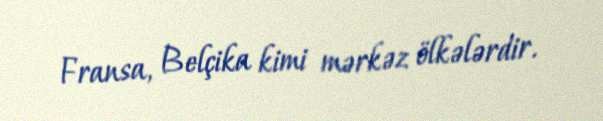
Fransa, Belçika kimi mərkəz ölkələrdir.